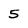
Character: 5